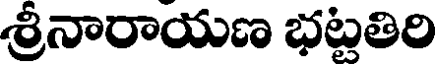
శ్రీనారాయణ భట్టతిరి